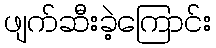
ဖျက်ဆီးခဲ့ကြောင်း